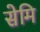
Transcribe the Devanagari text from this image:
सेमि